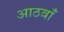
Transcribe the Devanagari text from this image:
आठवॉं